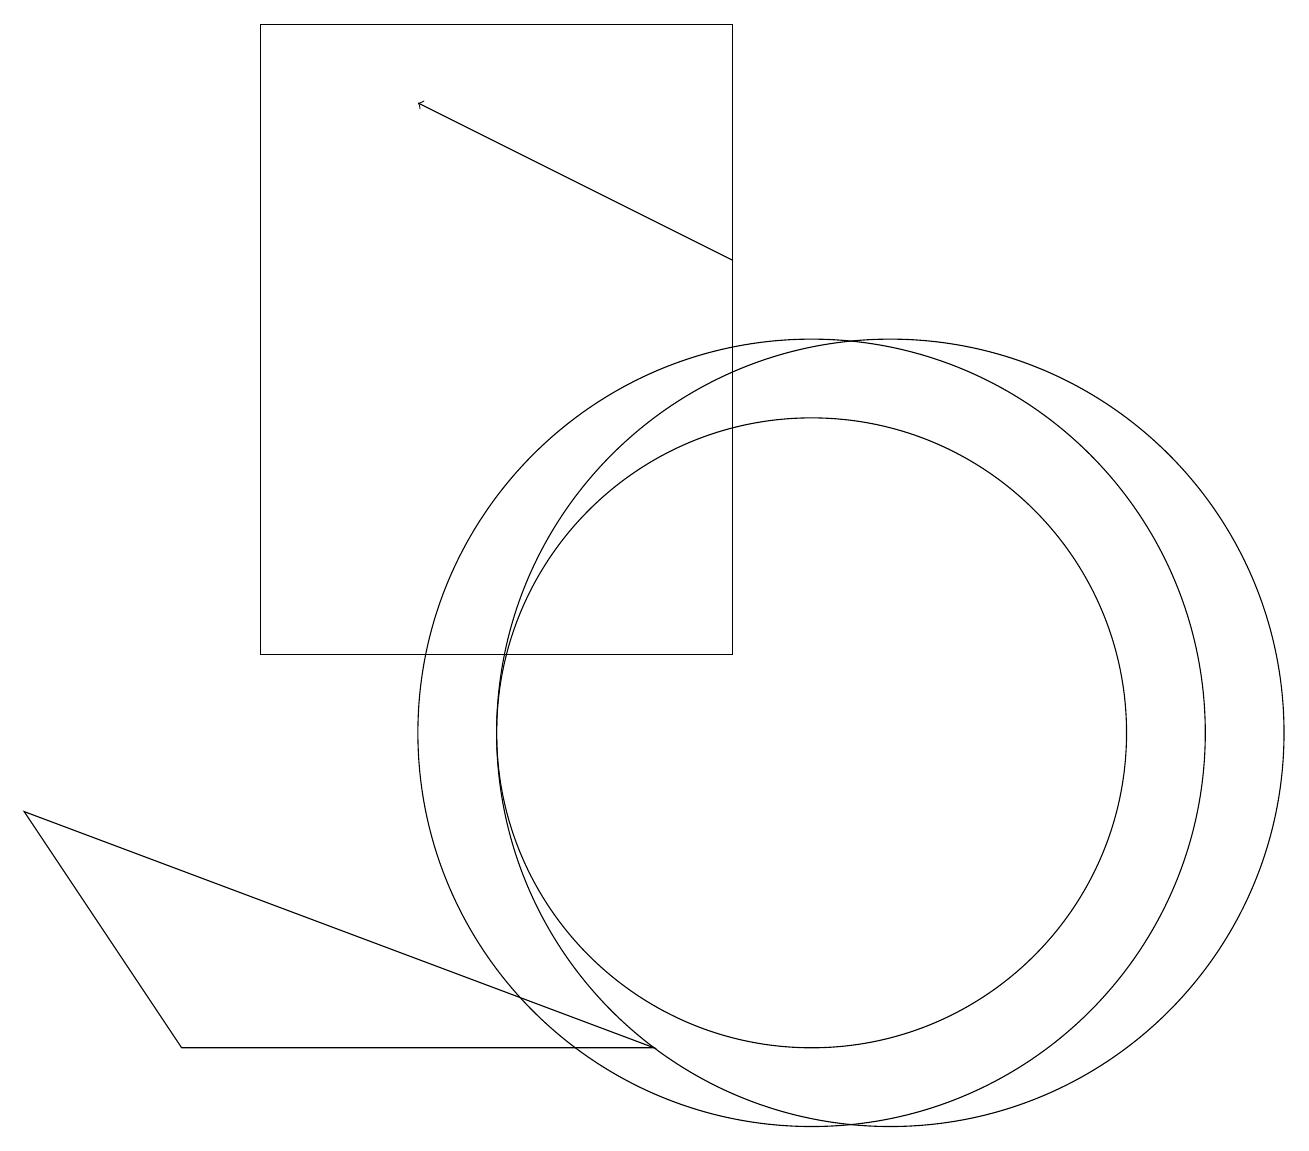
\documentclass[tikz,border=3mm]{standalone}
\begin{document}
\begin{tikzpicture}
\draw (0,9) -- (2,6) -- (8,6) -- cycle;
\draw (10,10) circle (5);
\draw (3,11) rectangle (9,19);
\draw[->] (9,16) -- (5,18);
\draw (11,10) circle (5);
\draw (10,10) circle (4);
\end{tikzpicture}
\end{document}